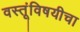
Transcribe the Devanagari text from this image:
वस्तूंविषयीचा